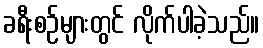
ခရီးစဉ်များတွင် လိုက်ပါခဲ့သည်။